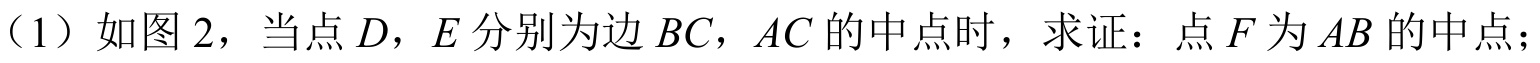
（1）如图2，当点\(D\)，\(E\)分别为边\(BC\)，\(AC\)的中点时，求证：点\(F\)为\(AB\)的中点；